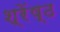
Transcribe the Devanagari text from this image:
श्रेंष्ठ